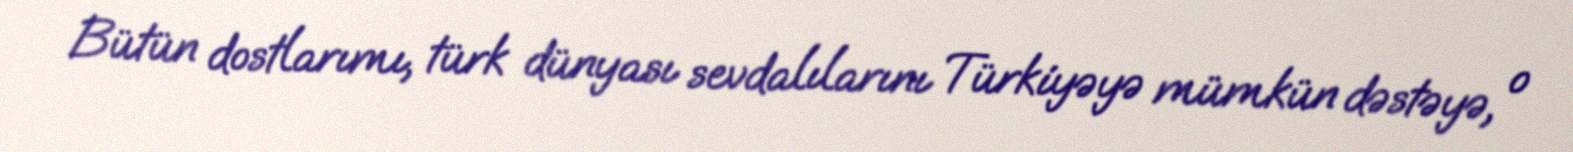
Bütün dostlarımı, türk dünyası sevdalılarını Türkiyəyə mümkün dəstəyə, o